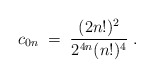
\begin{align*}c_{0n}\;=\; { (2n!)^2\over 2^{4n}(n!)^4}\;.\end{align*}